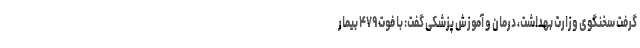
گرفت سخنگوی وزارت بهداشت، درمان و آموزش پزشکی گفت: با فوت ۴۷۹ بیمار